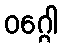
ဝဂ္ဂေါ